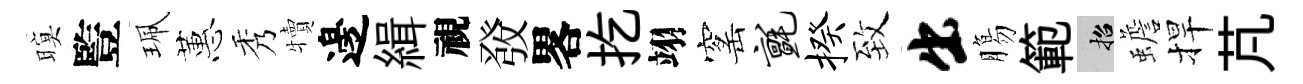
暝䜿珮蕙秀犢邊緝視𤼲畧扢翊窰毡揆致出膓範招蟾捍芃